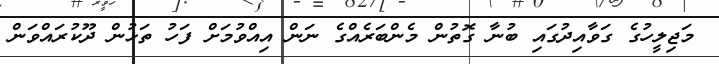
މަޖިލީހުގެ ގަވާއިދުގައި ބުނާ ގޮތުން މެންބަރެއްގެ ނަން އިއްވުމަށް ފަހު ތަޅުން ދޫކުރައްވަން